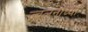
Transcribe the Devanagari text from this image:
ज्वलनाच्या